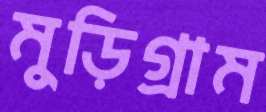
মুড়িগ্রাম